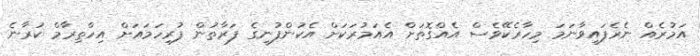
އަމުރެއް ނެރެފައިވާނަމަ މިހާރެކޭވެސް އެއްގޮތަށް އެއަމުރަކަށް އެކުންފުނީގެ ފަރާތުން ފުރިހަމައަށް އިހްތިރާމް ކުރާނެ